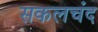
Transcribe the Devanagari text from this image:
सकलचंद